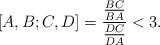
LaTeX: \begin{align*}[A,B;C,D]=\frac{\frac{BC}{BA}}{\frac{DC}{DA}}<3.\end{align*}